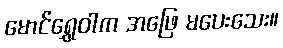
မောင်ရွှေဝါက အဖြေ မပေးသေး။